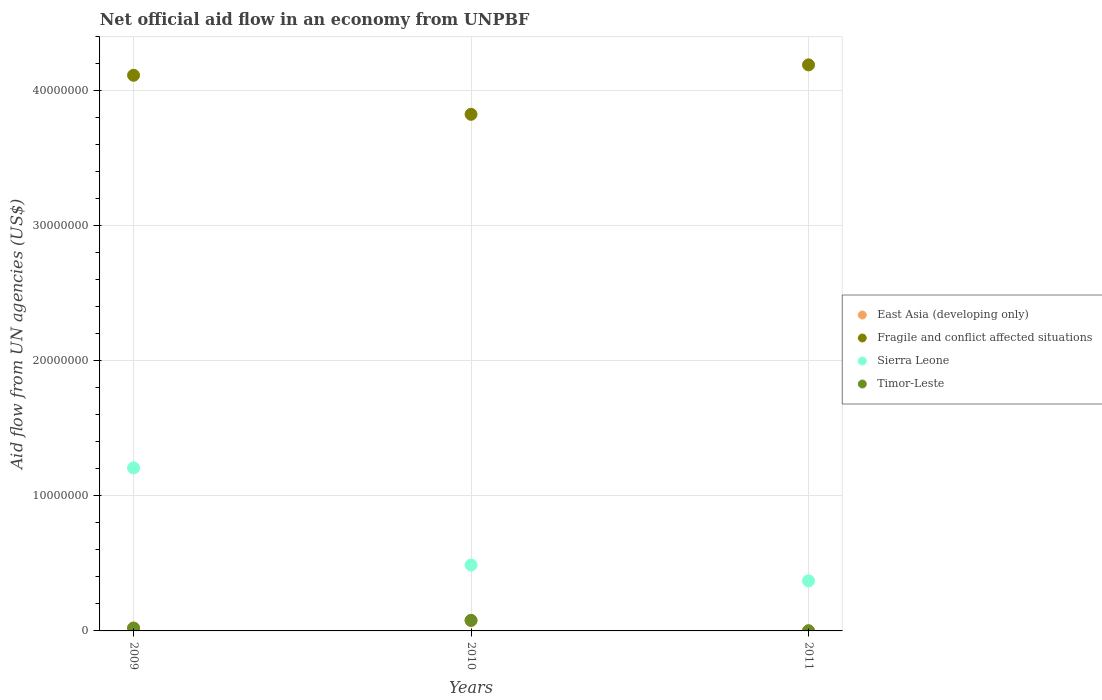
| Years | East Asia (developing only) | Fragile and conflict affected situations | Sierra Leone | Timor-Leste |
 | --- | --- | --- | --- | --- |
 | 2009 | 2.1e+05 | 4.11e+07 | 1.21e+07 | 2.1e+05 |
 | 2010 | 7.8e+05 | 3.82e+07 | 4.88e+06 | 7.8e+05 |
 | 2011 | 1e+04 | 4.19e+07 | 3.71e+06 | 1e+04 |